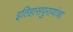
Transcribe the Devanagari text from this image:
इतिहासपुराणांचा